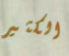
الكثير